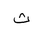
Letter: _tha